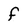
Character: f